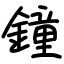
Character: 鐘